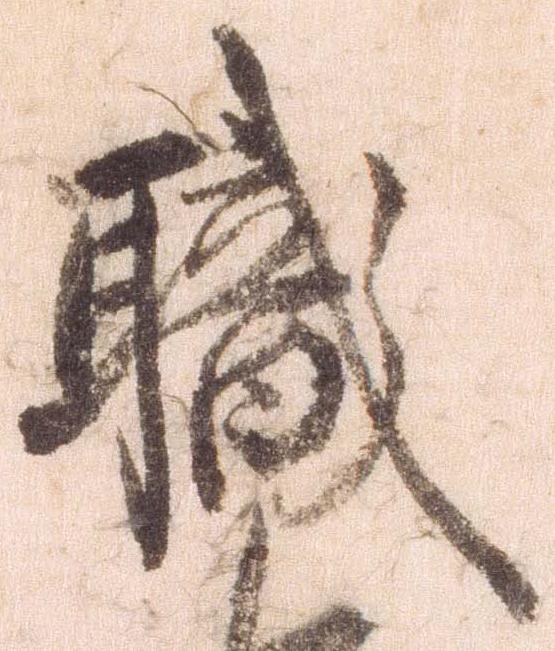
職